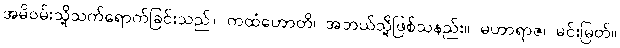
အမိဝမ်းသို့သက်ရောက်ခြင်းသည်။ ကထံဟောတိ၊ အဘယ်သို့ဖြစ်သနည်း။ မဟာရာဇ၊ မင်းမြတ်။